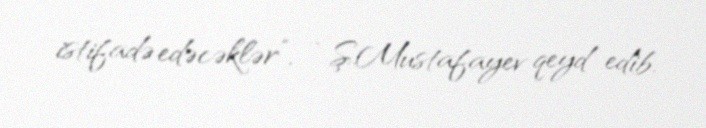
istifadə edəcəklər”, - Ş.Mustafayev qeyd edib.